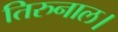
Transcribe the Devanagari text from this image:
तिरुनाल।